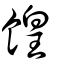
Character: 餭